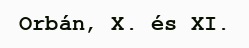
Orbán, X. és XI.